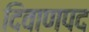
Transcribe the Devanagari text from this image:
दिवाणपद